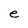
Character: e